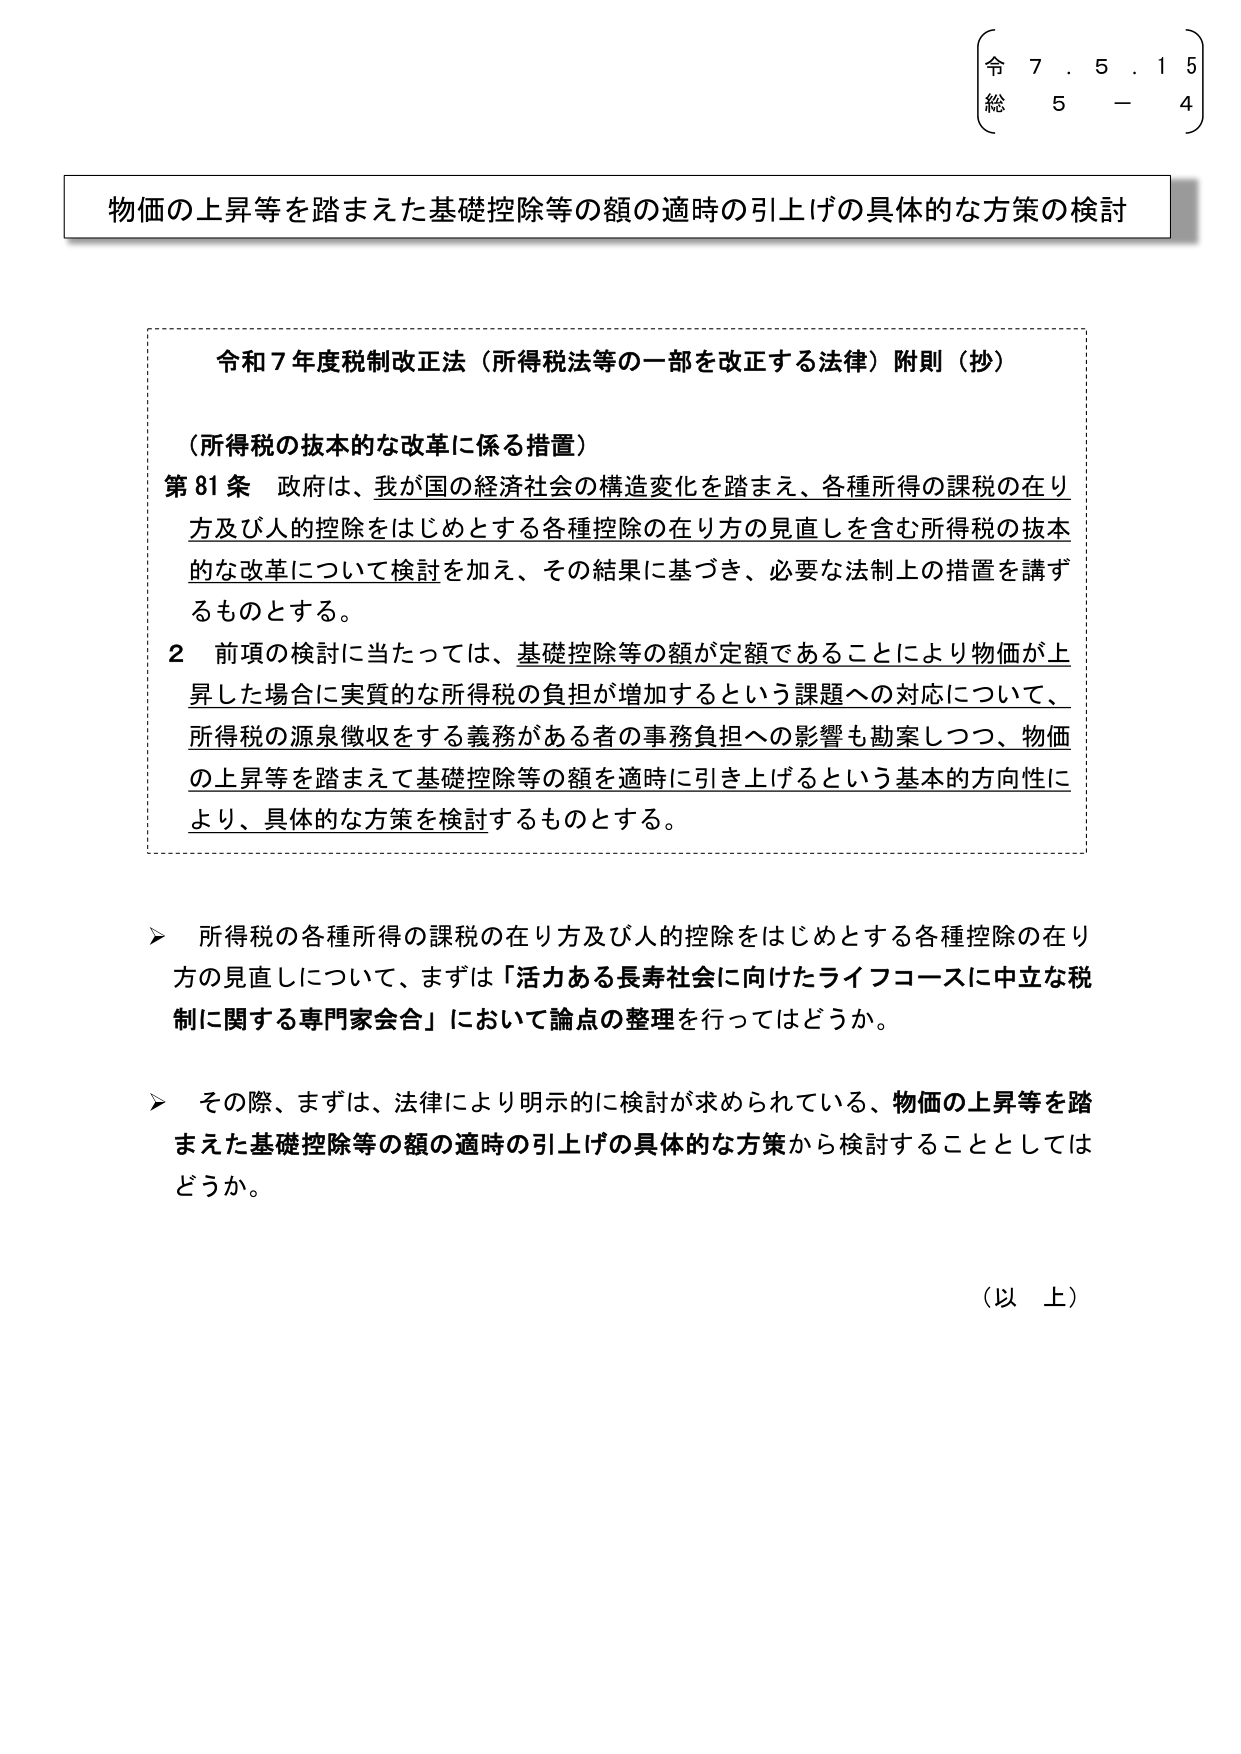
令 7. 5. 1 5
総 5 - 4

物価の上昇等を踏まえた基礎控除等の額の適時の引上げの具体的な方策の検討

令和７年度税制改正法（所得税法等の一部を改正する法律）附則（抄）

（所得税の抜本的な改革に係る措置）
第81条 政府は、我が国の経済社会の構造変化を踏まえ、各種所得の課税の在り方及び人的控除をはじめとする各種控除の在り方の見直しを含む所得税の抜本的な改革について検討を加え、その結果に基づき、必要な法制上の措置を講ずるものとする。

2 前項の検討に当たっては、基礎控除等の額が定額であることにより物価が上昇した場合に実質的な所得税の負担が増加するという課題への対応について、所得税の源泉徴収をする義務がある者の事務負担への影響も勘案しつつ、物価の上昇等を踏まえて基礎控除等の額を適時に引き上げるという基本的方向性により、具体的な方策を検討するものとする。

➤ 所得税の各種所得の課税の在り方及び人的控除をはじめとする各種控除の在り方の見直しについて、まずは「活力ある長寿社会に向けたライフコースに中立な税制に関する専門家会合」において論点の整理を行ってはどうか。

➤ その際、まずは、法律により明示的に検討が求められている、物価の上昇等を踏まえた基礎控除等の額の適時の引上げの具体的な方策から検討することとしてはどうか。

（以上）